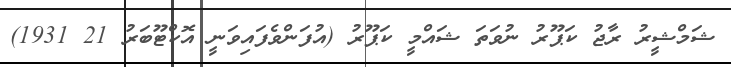
ޝަމްޝީރު ރާޖު ކަޕޫރު ނުވަތަ ޝައްމީ ކަޕޫރު (އުފަންވެފައިވަނީ އޮކްޓޫބަރު 21 1931)